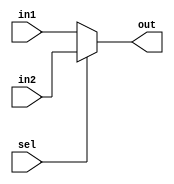
module flags_mux(in1,in2,sel,out);
input [2:0] in1,in2;
input sel;
output [2:0] out;
assign out=(sel==1'b0)?in1:in2;


endmodule